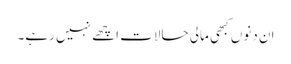
ان دنوں کبھی مالی حالات اچھے نہیں رہے۔